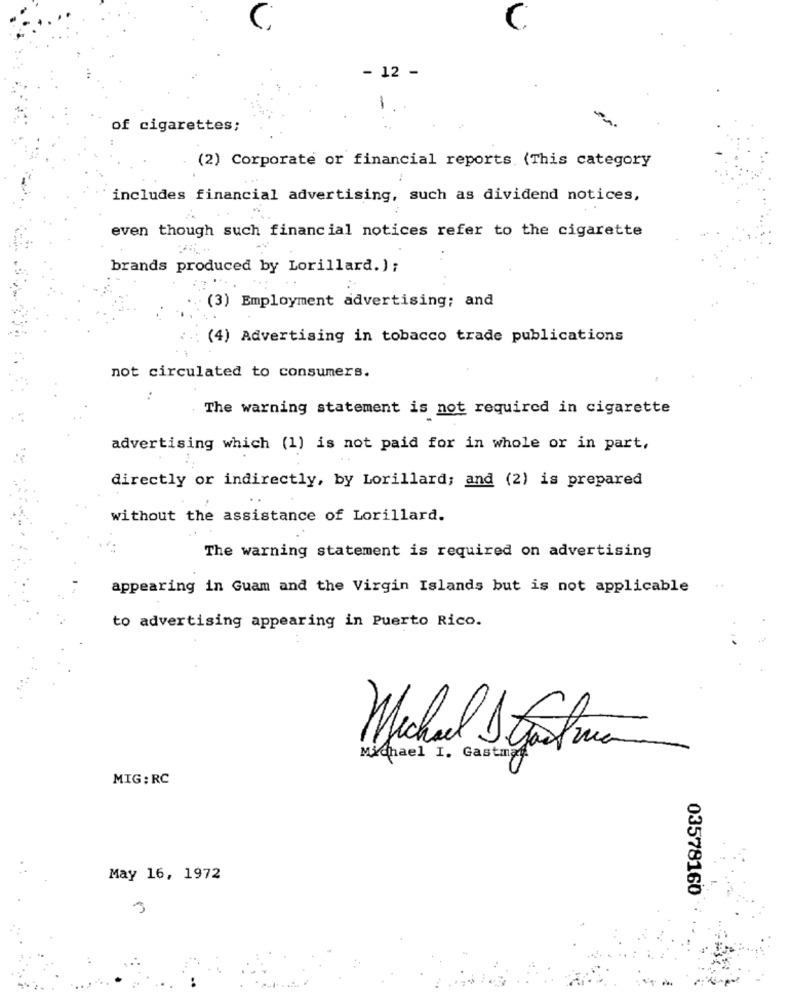
C
- 12 -
of cigarettes;
(2) Corporate or financial reports (This category
includes financial advertising, such as dividend notices,
even though such financial notices refer to the cigarette
. .
brands produced by Lorillard.);
(3) Employment advertising; and
(4) Advertising in tobacco trade publications
not circulated to consumers.
The warning statement is not required in cigarette
advertising which (1) is not paid for in whole or in part,
directly or indirectly, by Lorillard; and (2) is prepared
without the assistance of Lorillard.
The warning statement is required on advertising
appearing in Guam and the Virgin Islands but is not applicable
to advertising appearing in Puerto Rico.
..
Michael Straatrua
Michael I. Gastmaf.
MIG:RC
May 16, 1972
03578160
3